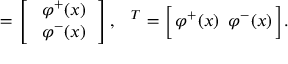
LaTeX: { \bf \Phi } = \left[ \begin{array} { c } { { \, \, \varphi ^ { + } ( x ) \, } } \\ { { \, \, \varphi ^ { - } ( x ) \, } } \end{array} \right] , \, \, \, { \bf \Phi } ^ { T } = \Big [ \, \varphi ^ { + } ( x ) \, \, \, \varphi ^ { - } ( x ) \, \Big ] .